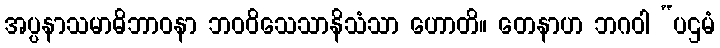
အပ္ပနာသမာဓိဘာဝနာ ဘဝဝိသေသာနိသံသာ ဟောတိ။ တေနာဟ ဘဂဝါ “ပဌမံ